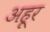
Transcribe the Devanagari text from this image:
अहूर